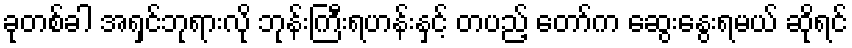
ခုတစ်ခါ အရှင်ဘုရားလို ဘုန်းကြီးရဟန်းနှင့် တပည့် တော်က ဆွေးနွေးရမယ် ဆိုရင်